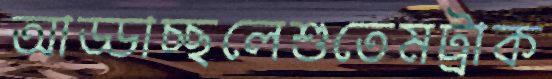
আড্ডাচ্ছলেশুতেমট্রাক